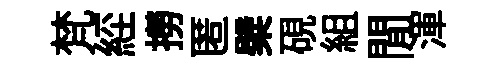
梵𦀇撈匿檗硯組閒渾